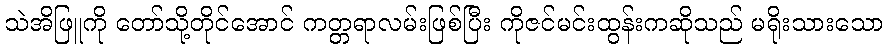
သဲအိဖြူကို တော်သို့တိုင်အောင် ကတ္တရာလမ်းဖြစ်ပြီး ကိုဇင်မင်းထွန်းကဆိုသည် မရိုးသားသော